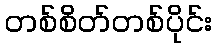
တစ်စိတ်တစ်ပိုင်း